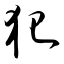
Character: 犯